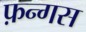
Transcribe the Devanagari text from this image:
फ़न्गस